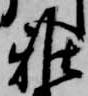
雅